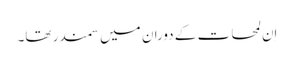
اِن لمحات کے دوران میں سمندر تھا۔